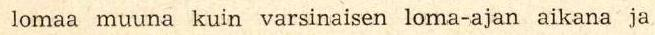
 lomaa muuna kuin varsinaisen loma-ajan aikana ja